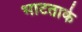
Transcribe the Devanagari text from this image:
भाटताके